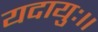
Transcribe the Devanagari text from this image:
यदायुः।।